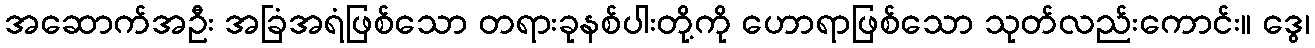
အဆောက်အဦး အခြံအရံဖြစ်သော တရားခုနစ်ပါးတို့ကို ဟောရာဖြစ်သော သုတ်လည်းကောင်း။ ဒွေ၊